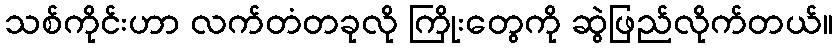
သစ်ကိုင်းဟာ လက်တံတခုလို ကြိုးတွေကို ဆွဲဖြည်လိုက်တယ်။